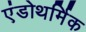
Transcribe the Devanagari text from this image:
एंडोथर्मिक